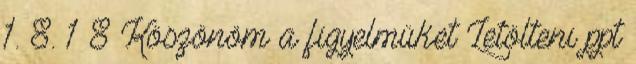
1. 8. 1 8 Köszönöm a figyelmüket Letölteni ppt